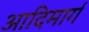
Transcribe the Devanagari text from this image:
आदिमार्ग